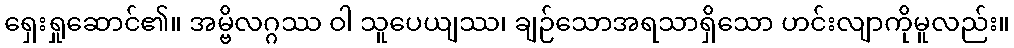
ရှေးရှုဆောင်၏။ အမ္ဗိလဂ္ဂဿ ဝါ သူပေယျဿ၊ ချဉ်သောအရသာရှိသော ဟင်းလျာကိုမူလည်း။